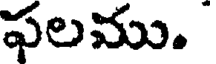
ఫలము.